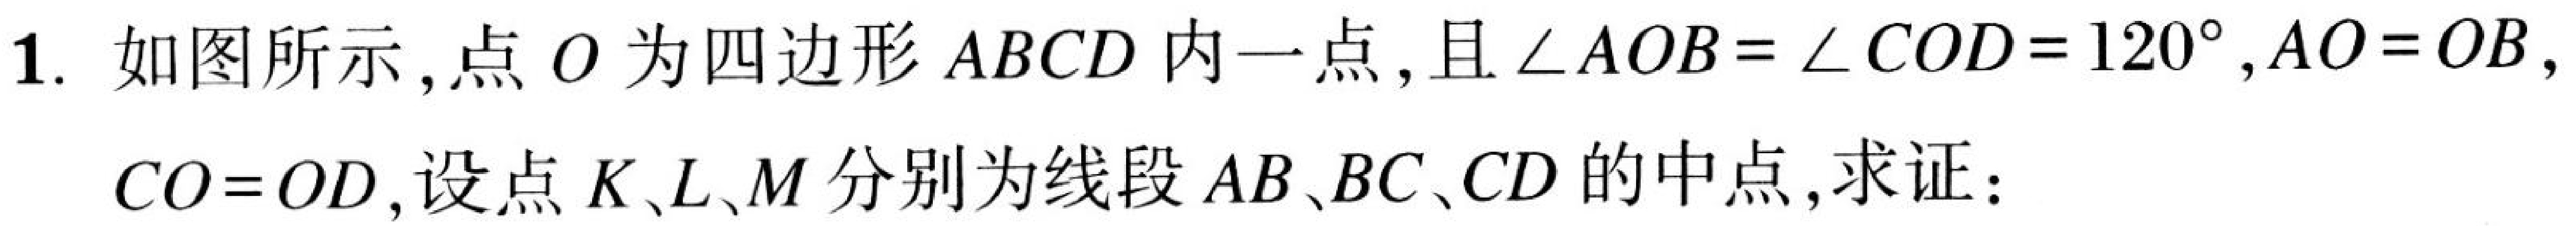
1. 如图所示，点$O$为四边形$ABCD$内一点，且$\angle AOB=\angle COD = 120^{\circ},AO = OB,$
$CO = OD$,设点$K、L、M$分别为线段$AB、BC、CD$的中点，求证：